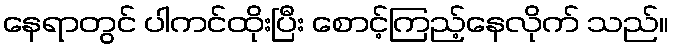
နေရာတွင် ပါကင်ထိုးပြီး စောင့်ကြည့်နေလိုက် သည်။